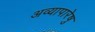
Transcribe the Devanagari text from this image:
अव्यापारेषु